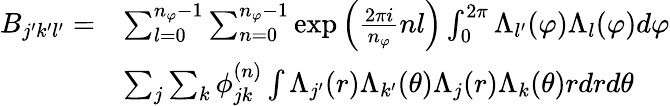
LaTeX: \begin{array}{rl}{B_{j^{\prime}k^{\prime}l^{\prime}}=}&{\sum_{l=0}^{n_{\varphi}-1}\sum_{n=0}^{n_{\varphi}-1}\exp{\left(\frac{2\pi i}{n_{\varphi}}nl\right)}\int_{0}^{2\pi}\Lambda_{l^{\prime}}(\varphi)\Lambda_{l}(\varphi)d\varphi}\\ &{\sum_{j}\sum_{k}\phi_{jk}^{(n)}\int\Lambda_{j^{\prime}}(r)\Lambda_{k^{\prime}}(\theta)\Lambda_{j}(r)\Lambda_{k}(\theta)rdrd\theta}\end{array}